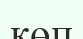
көп